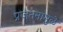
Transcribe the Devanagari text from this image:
प्रजननामुळे